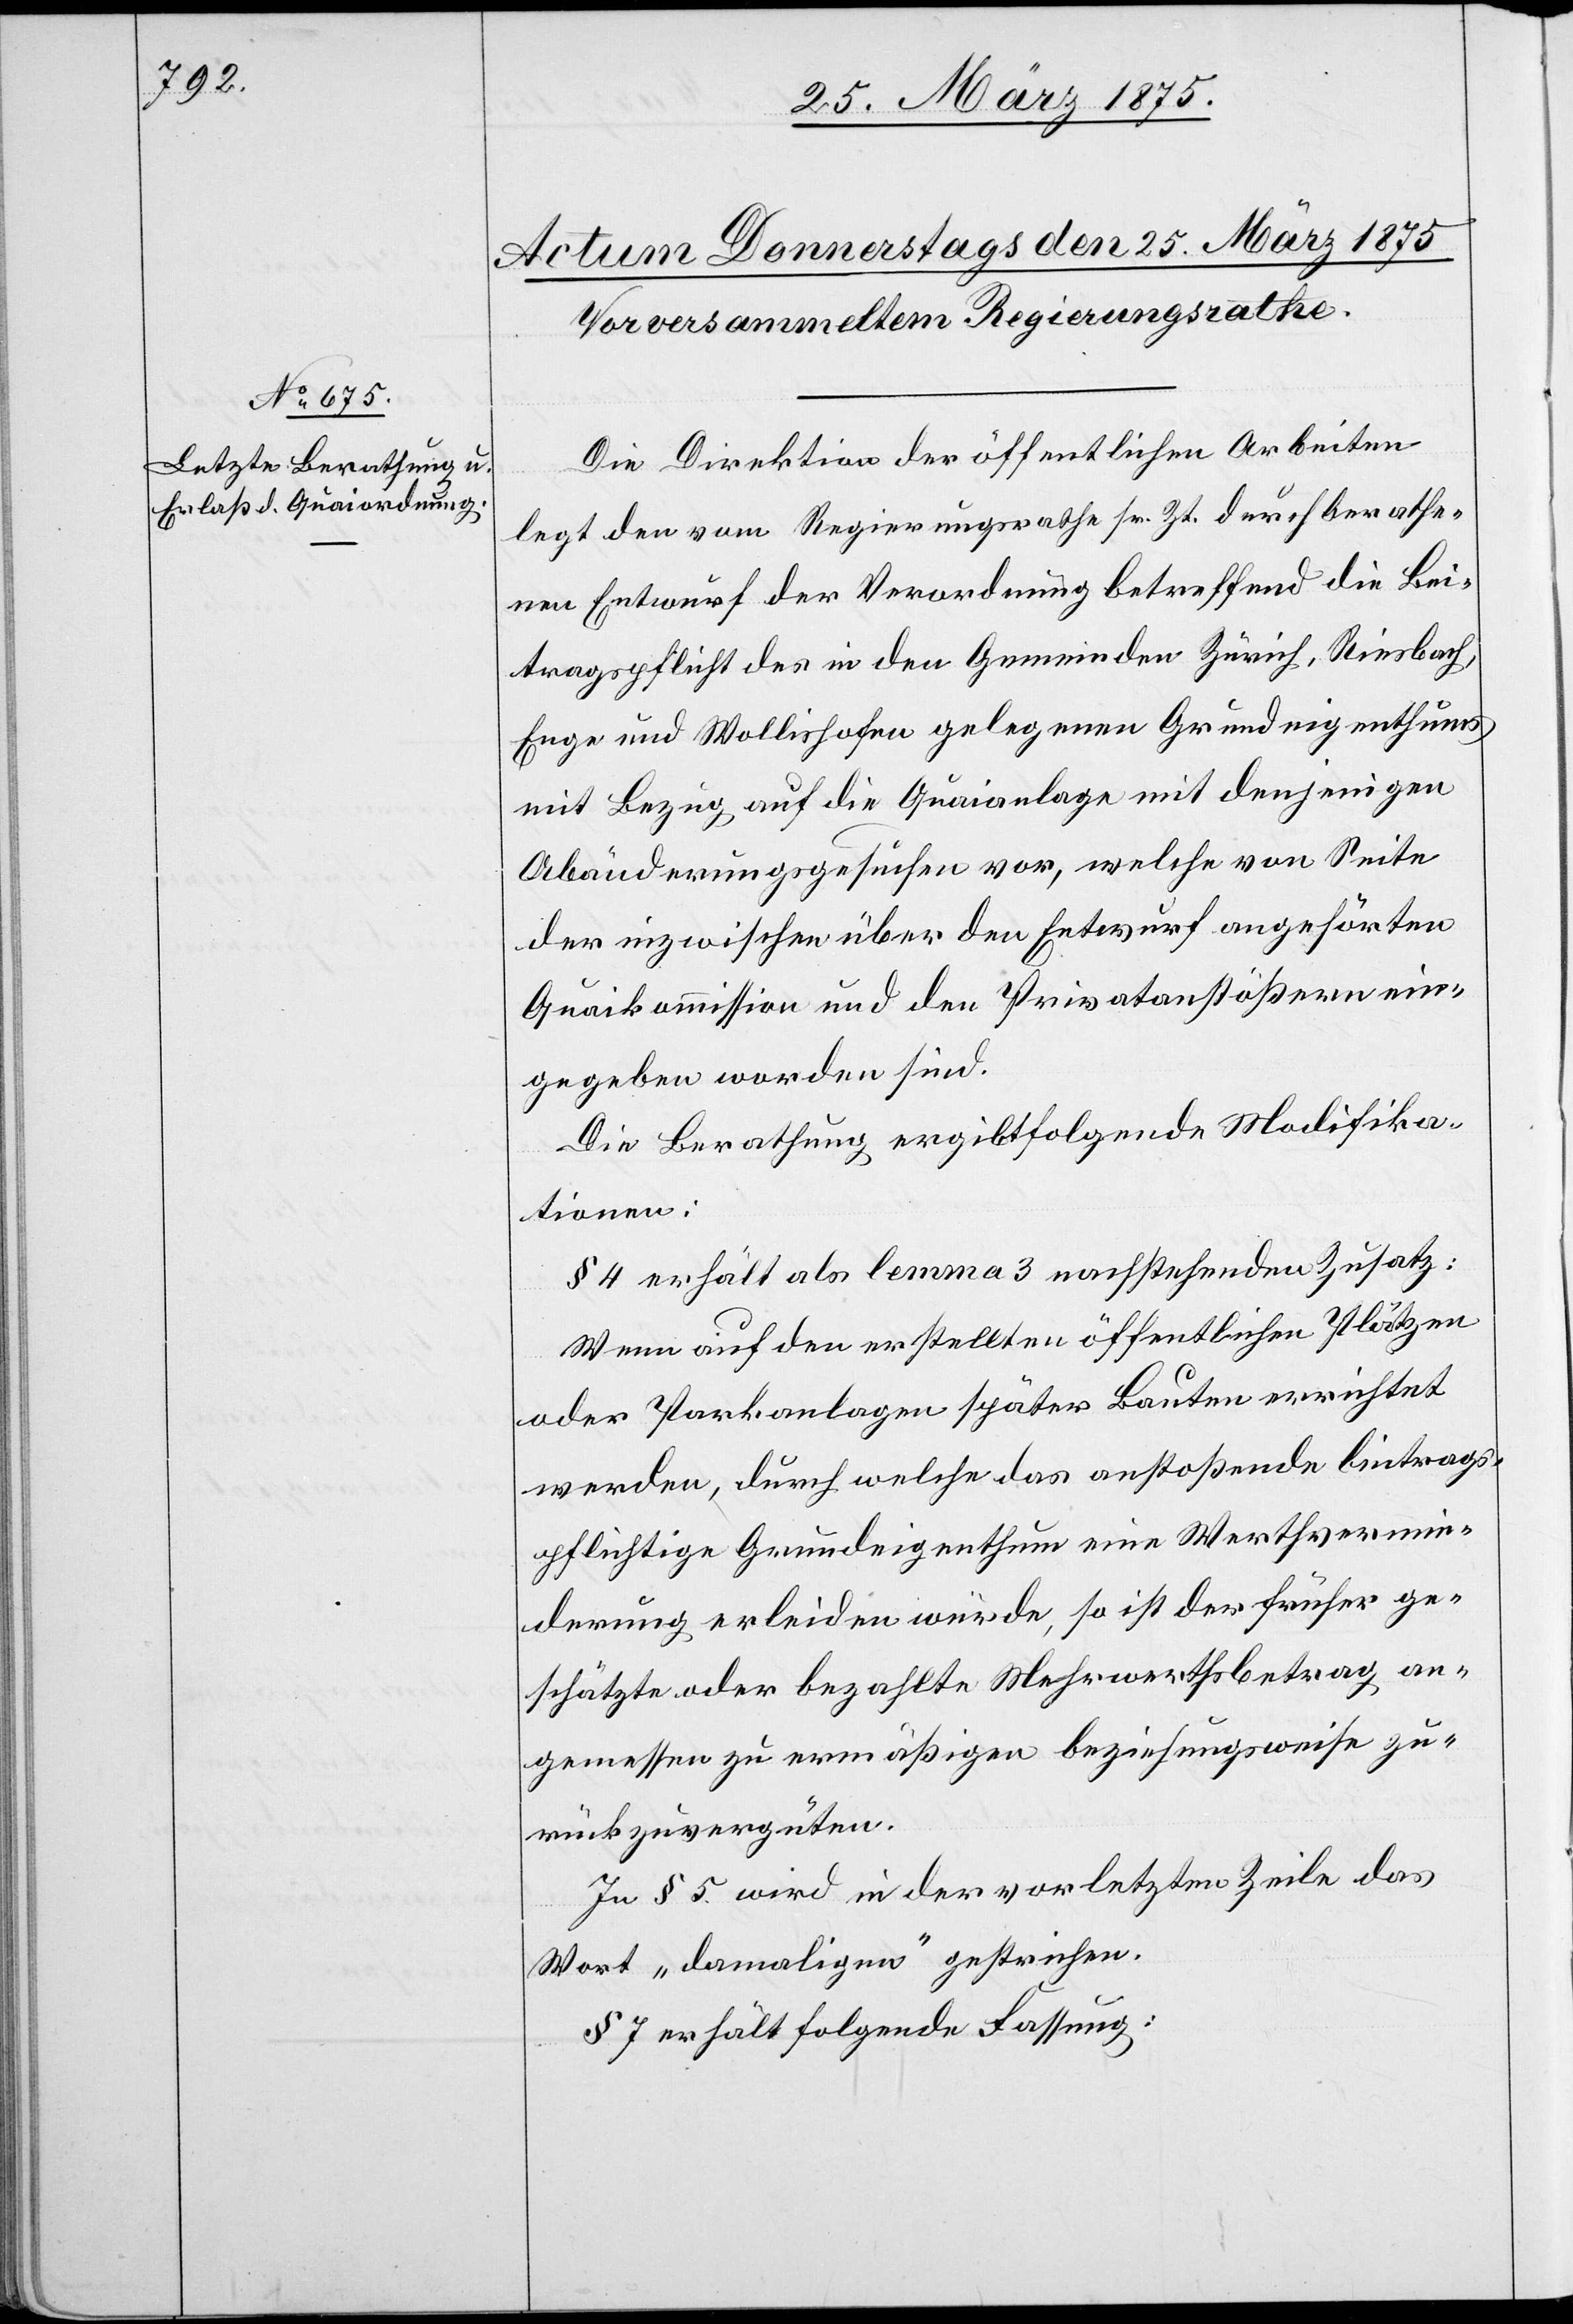
Die Direktion der öffentlichen Arbeiten
legt den vom Regierungsrathe sr. Zt. durch berathe¬
nen Entwurf der Verordnung betreffend die Bei¬
tragspflicht des in den Gemeinden Zürich, Riesbach,
Enge und Wollishofen gelegenen Grundeigenthums
mit Bezug auf die Quaianlage mit denjenigen
Abänderungsgesuchen vor, welche von Seite
der inzwischen über den Entwurf angehörten
Quaikommission und den Privatanstößern ein¬
gegeben worden sind.
Die Berathung ergibt folgende Modifika¬
tionen:
§ 4 erhält als lemma 3 nachstehenden Zusatz:
Wenn auf den erstellten öffentlichen Plätzen
oder Parkanlagen später Bauten errichtet
werden, durch welche das anstoßende Beitrags¬
pflichtige Grundeigenthum eine Werthvermin¬
derung erleiden würde, so ist der früher ge¬
schätzte oder bezahlte Mehrwerthbetrag an¬
gemessen zu ermäßigen beziehungsweise zu¬
rückzuvergüten.
In § 5 wird in der vorletzten Zeile das
Wort „damaligen“ gestrichen.
§ 7 erhält folgende Fassung: